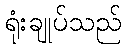
ရုံးချုပ်သည်